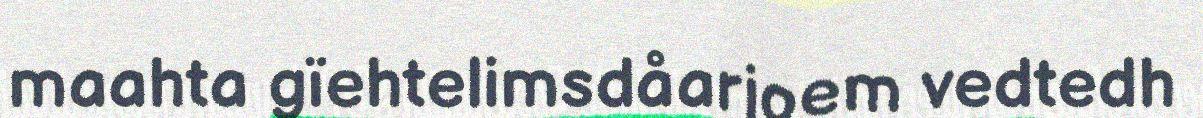
maahta gïehtelimsdåarjoem vedtedh